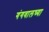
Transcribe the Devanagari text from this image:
गंगवालच्या